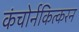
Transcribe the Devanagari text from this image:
कंचोर्नकित्करन